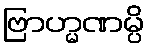
ဗြာဟ္မဏမ္ပိ